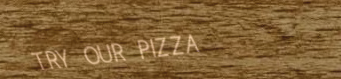
TRY OUR PIZZA